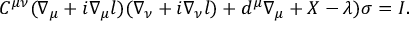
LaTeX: C ^ { \mu \nu } ( \nabla _ { \mu } + i \nabla _ { \mu } l ) ( \nabla _ { \nu } + i \nabla _ { \nu } l ) + d ^ { \mu } \nabla _ { \mu } + X - \lambda ) \sigma = I .